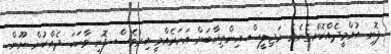
ފޮނި އުއްމީދެއްކޮށްގެނެވެ. މަޖިލީސް އިންތިޚާބަށް އަހަރެއްވީ އިރުވެސް ފޮނި ވާހަކަ ދެއްކުން ނޫން